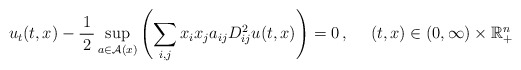
\begin{align*} u_t (t,x) -\frac{1}{\,2\,}\sup_{a\in \mathcal{A}(x)} \left( \sum_{i,j} x_i x_j a_{ij} D^2_{ij} u (t,x) \right) = 0\,,\ \ \ \ (t,x) \in (0, \infty)\times \mathbb{R}_{+}^n \end{align*}